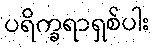
ပရိက္ခရာရှစ်ပါး